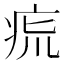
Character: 𤵯